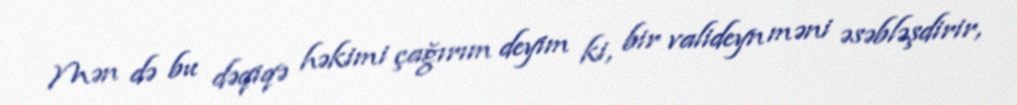
Mən də bu dəqiqə həkimi çağırım deyim ki, bir valideyn məni əsəbləşdirir,